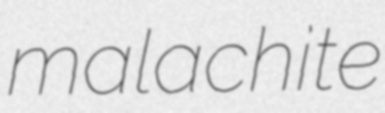
malachite